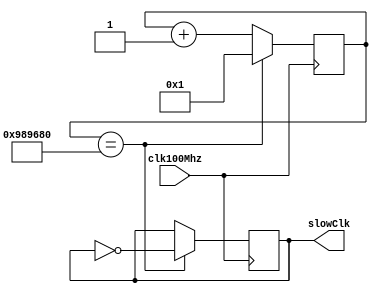
module clk_5Hz(clk100Mhz, slowClk);
  input clk100Mhz; //fast clock
  output reg slowClk; //slow clock

  reg[27:0] counter;

  initial begin
    counter = 0;
    slowClk = 0;
  end

  always @ (posedge clk100Mhz)
  begin
    if(counter == 10000000) begin
      counter <= 1;
      slowClk <= ~slowClk;
    end
    else begin
      counter <= counter + 1;
    end
  end

endmodule